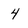
Character: 4